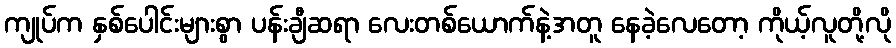
ကျုပ်က နှစ်ပေါင်းများစွာ ပန်းချီဆရာ လေးတစ်ယောက်နဲ့အတူ နေခဲ့လေတော့ ကိုယ့်လူတို့လို